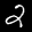
Label: 2